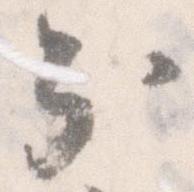
分